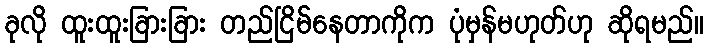
ခုလို ထူးထူးခြားခြား တည်ငြိမ်နေတာကိုက ပုံမှန်မဟုတ်ဟု ဆိုရမည်။